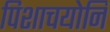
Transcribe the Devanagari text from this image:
पिशाचयोनि